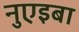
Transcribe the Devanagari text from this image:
नुएइबा